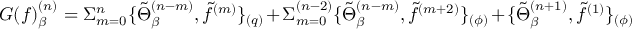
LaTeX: G ( f ) _ { \beta } ^ { ( n ) } = \Sigma _ { m = 0 } ^ { n } \{ \tilde { \Theta } _ { \beta } ^ { ( n - m ) } , \tilde { f } ^ { ( m ) } \} _ { ( q ) } + \Sigma _ { m = 0 } ^ { ( n - 2 ) } \{ \tilde { \Theta } _ { \beta } ^ { ( n - m ) } , \tilde { f } ^ { ( m + 2 ) } \} _ { ( \phi ) } + \{ \tilde { \Theta } _ { \beta } ^ { ( n + 1 ) } , \tilde { f } ^ { ( 1 ) } \} _ { ( \phi ) }